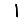
Digit: 1